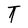
Character: T